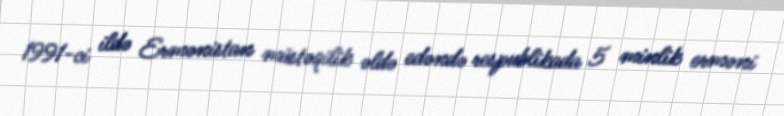
1991-ci ildə Ermənistan müstəqilik əldə edəndə respublikada 5 minlik erməni